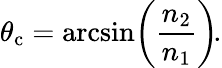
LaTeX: \theta_{\mathrm{c}}=\arcsin\! \left({\frac{n_{2}}{n_{1}}}\right)\! .